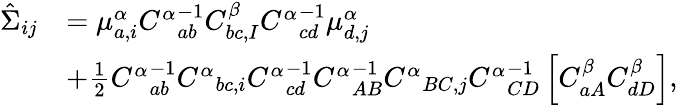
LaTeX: \begin{array}{rl}{\hat{\Sigma}_{ij}}&{=\mu_{a,i}^{\alpha}{C^{\alpha}}_{ab}^{-1}C_{bc,I}^{\beta}{C^{\alpha}}_{cd}^{-1}\mu_{d,j}^{\alpha}}\\ &{+\frac{1}{2}{C^{\alpha}}_{ab}^{-1}{C^{\alpha}}_{bc,i}{C^{\alpha}}_{cd}^{-1}{C^{\alpha}}_{AB}^{-1}{C^{\alpha}}_{BC,j}{C^{\alpha}}_{CD}^{-1}\left[C_{aA}^{\beta}C_{dD}^{\beta}\right],}\end{array}